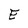
Character: E